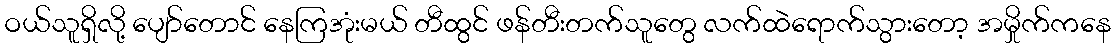
ဝယ်သူရှိလို့ ပျော်တောင် နေကြအုံးမယ် တီထွင် ဖန်တီးတက်သူတွေ လက်ထဲရောက်သွားတော့ အမှိုက်ကနေ